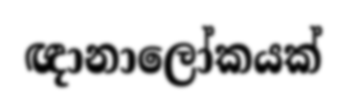
ඥානාලෝකයක්